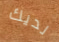
لديك